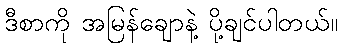
ဒီစာကို အမြန်ချောနဲ့ ပို့ချင်ပါတယ်။